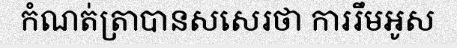
កំណត់ត្រាបានសសេរថា ការរឹមអូស